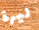
ليرة